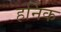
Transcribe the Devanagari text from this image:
हर्निक